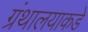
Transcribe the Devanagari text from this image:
ग्रंथालयाकडे